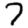
Digit: 7